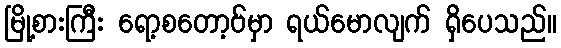
မြို့စားကြီး ရော့စတော့ဗ်မှာ ရယ်မောလျက် ရှိပေသည်။